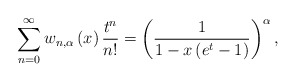
\begin{align*}\sum_{n=0}^{\infty}w_{n,\alpha}\left( x\right) \frac{t^{n}}{n!}=\left(\frac{1}{1-x\left( e^{t}-1\right) }\right) ^{\alpha},\end{align*}